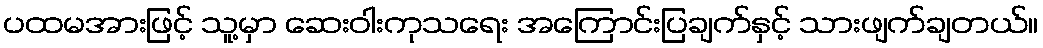
ပထမအားဖြင့် သူ့မှာ ဆေးဝါးကုသရေး အကြောင်းပြချက်နှင့် သားဖျက်ချတယ်။